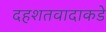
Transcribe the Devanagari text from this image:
दहशतवादाकडे